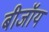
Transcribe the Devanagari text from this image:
बीजॉय